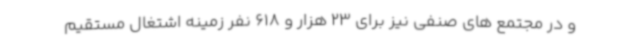
و در مجتمع های صنفی نیز برای 23 هزار و 618 نفر زمینه اشتغال مستقیم